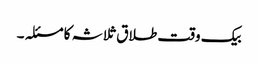
بیک وقت طلاق ثلاثہ کا مسئلہ ۔